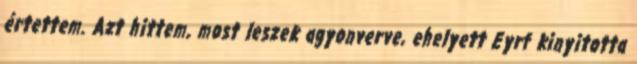
értettem. Azt hittem, most leszek agyonverve, ehelyett Eyrf kinyitotta